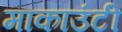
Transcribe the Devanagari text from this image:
मांकाउंटी